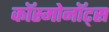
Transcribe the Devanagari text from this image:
काॅस्मोनाॅट्स